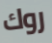
روك